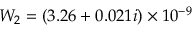
W _ { 2 } = ( 3 . 2 6 + 0 . 0 2 1 i ) \times 1 0 ^ { - 9 }